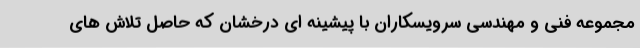
مجموعه فنی و مهندسی سرویسکاران با پیشینه ای درخشان که حاصل تلاش های